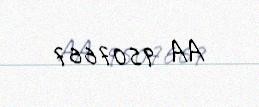
AA 9507667